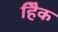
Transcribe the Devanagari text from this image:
हैिक